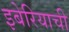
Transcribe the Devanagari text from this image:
इबेरियाची